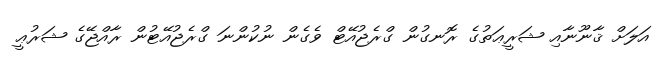
އަލަށް ޤާނޫނާއި ޝަރީޢަތުގެ ރޮނގުން ގްރެޖުއޭޓް ވެގެން ނުކުންނަ ގްރެޖުއޭޓުން ރާއްޖޭގެ ޝަރުޢީ